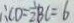
\therefore C D = \frac { 1 } { 2 } B C = 6